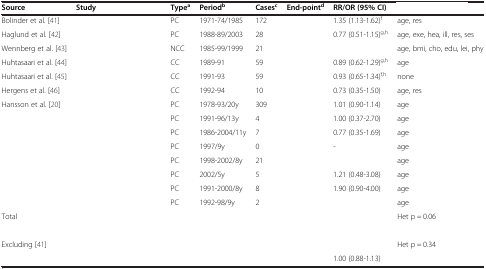
<table><thead><tr><td><b>Source</b></td><td><b>Study</b></td><td><b>Type<sup>a</sup></b></td><td><b>Period<sup>b</sup></b></td><td><b>Cases<sup>c</sup></b></td><td><b>End-point<sup>d</sup></b></td><td><b>RR/OR (95% CI)</b></td><td>[EMPTY_CELL]</td></tr></thead><tbody><tr><td>Bolinder et al. [41]</td><td>[EMPTY_CELL]</td><td>PC</td><td>1971-74/1985</td><td>172</td><td>[EMPTY_CELL]</td><td>1.35 (1.13-1.62)<sup>f</sup></td><td>age, res</td></tr><tr><td>Haglund et al. [42]</td><td>[EMPTY_CELL]</td><td>PC</td><td>1988-89/2003</td><td>28</td><td>[EMPTY_CELL]</td><td>0.77 (0.51-1.15)<sup>g,h</sup></td><td>age, exe, hea, ill, res, ses</td></tr><tr><td>Wennberg et al. [43]</td><td>[EMPTY_CELL]</td><td>NCC</td><td>1985-99/1999</td><td>21</td><td>[EMPTY_CELL]</td><td>[EMPTY_CELL]</td><td>age, bmi, cho, edu, lei, phy</td></tr><tr><td>Huhtasaari et al. [44]</td><td>[EMPTY_CELL]</td><td>CC</td><td>1989-91</td><td>59</td><td>[EMPTY_CELL]</td><td>0.89 (0.62-1.29)<sup>g,h</sup></td><td>age</td></tr><tr><td>Huhtasaari et al. [45]</td><td>[EMPTY_CELL]</td><td>CC</td><td>1991-93</td><td>59</td><td>[EMPTY_CELL]</td><td>0.93 (0.65-1.34)<sup>f,h</sup></td><td>none</td></tr><tr><td>Hergens et al. [46]</td><td>[EMPTY_CELL]</td><td>CC</td><td>1992-94</td><td>10</td><td>[EMPTY_CELL]</td><td>0.73 (0.35-1.50)</td><td>age, res</td></tr><tr><td>Hansson et al. [20]</td><td>[EMPTY_CELL]</td><td>PC</td><td>1978-93/20y</td><td>309</td><td>[EMPTY_CELL]</td><td>1.01 (0.90-1.14)</td><td>age</td></tr><tr><td>[EMPTY_CELL]</td><td>[EMPTY_CELL]</td><td>PC</td><td>1991-96/13y</td><td>4</td><td>[EMPTY_CELL]</td><td>1.00 (0.37-2.70)</td><td>age</td></tr><tr><td>[EMPTY_CELL]</td><td>[EMPTY_CELL]</td><td>PC</td><td>1986-2004/11y</td><td>7</td><td>[EMPTY_CELL]</td><td>0.77 (0.35-1.69)</td><td>age</td></tr><tr><td>[EMPTY_CELL]</td><td>[EMPTY_CELL]</td><td>PC</td><td>1997/9y</td><td>0</td><td>[EMPTY_CELL]</td><td>-</td><td>age</td></tr><tr><td>[EMPTY_CELL]</td><td>[EMPTY_CELL]</td><td>PC</td><td>1998-2002/8y</td><td>21</td><td>[EMPTY_CELL]</td><td>[EMPTY_CELL]</td><td>age</td></tr><tr><td>[EMPTY_CELL]</td><td>[EMPTY_CELL]</td><td>PC</td><td>2002/5y</td><td>5</td><td>[EMPTY_CELL]</td><td>1.21 (0.48-3.08)</td><td>age</td></tr><tr><td>[EMPTY_CELL]</td><td>[EMPTY_CELL]</td><td>PC</td><td>1991-2000/8y</td><td>8</td><td>[EMPTY_CELL]</td><td>1.90 (0.90-4.00)</td><td>age</td></tr><tr><td>[EMPTY_CELL]</td><td>[EMPTY_CELL]</td><td>PC</td><td>1992-98/9y</td><td>2</td><td>[EMPTY_CELL]</td><td>[EMPTY_CELL]</td><td>age</td></tr><tr><td>Total</td><td>[EMPTY_CELL]</td><td>[EMPTY_CELL]</td><td>[EMPTY_CELL]</td><td>[EMPTY_CELL]</td><td>[EMPTY_CELL]</td><td>[EMPTY_CELL]</td><td>Het p = 0.06</td></tr><tr><td>[EMPTY_CELL]</td><td>[EMPTY_CELL]</td><td>[EMPTY_CELL]</td><td>[EMPTY_CELL]</td><td>[EMPTY_CELL]</td><td>[EMPTY_CELL]</td><td>[EMPTY_CELL]</td><td>[EMPTY_CELL]</td></tr><tr><td>Excluding [41]</td><td>[EMPTY_CELL]</td><td>[EMPTY_CELL]</td><td>[EMPTY_CELL]</td><td>[EMPTY_CELL]</td><td>[EMPTY_CELL]</td><td>[EMPTY_CELL]</td><td>Het p = 0.34</td></tr><tr><td>[EMPTY_CELL]</td><td>[EMPTY_CELL]</td><td>[EMPTY_CELL]</td><td>[EMPTY_CELL]</td><td>[EMPTY_CELL]</td><td>[EMPTY_CELL]</td><td>1.00 (0.88-1.13)</td><td>[EMPTY_CELL]</td></tr></tbody></table>